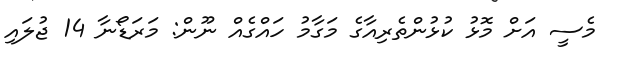
މެސީ އަށް މޮޅު ކުޅުންތެރިއާގެ މަގާމު ހައްގެއް ނޫން: މަރަޑޯނާ 14 ޖުލައި